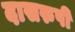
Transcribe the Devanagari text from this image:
दासरुपी